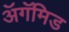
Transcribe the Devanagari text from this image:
ॲगॅमिड